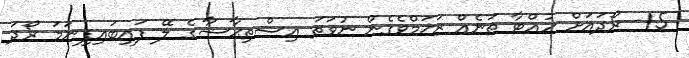
15- ރޯދައަށް ހުއްޓާ ތަނެއް ޒަޚަމްވެގެން ނުވަތަ އިސްތިޙާޟާގެ ލޭ ފައިބައިފިނަމަ ރޯދަ